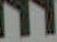
ות